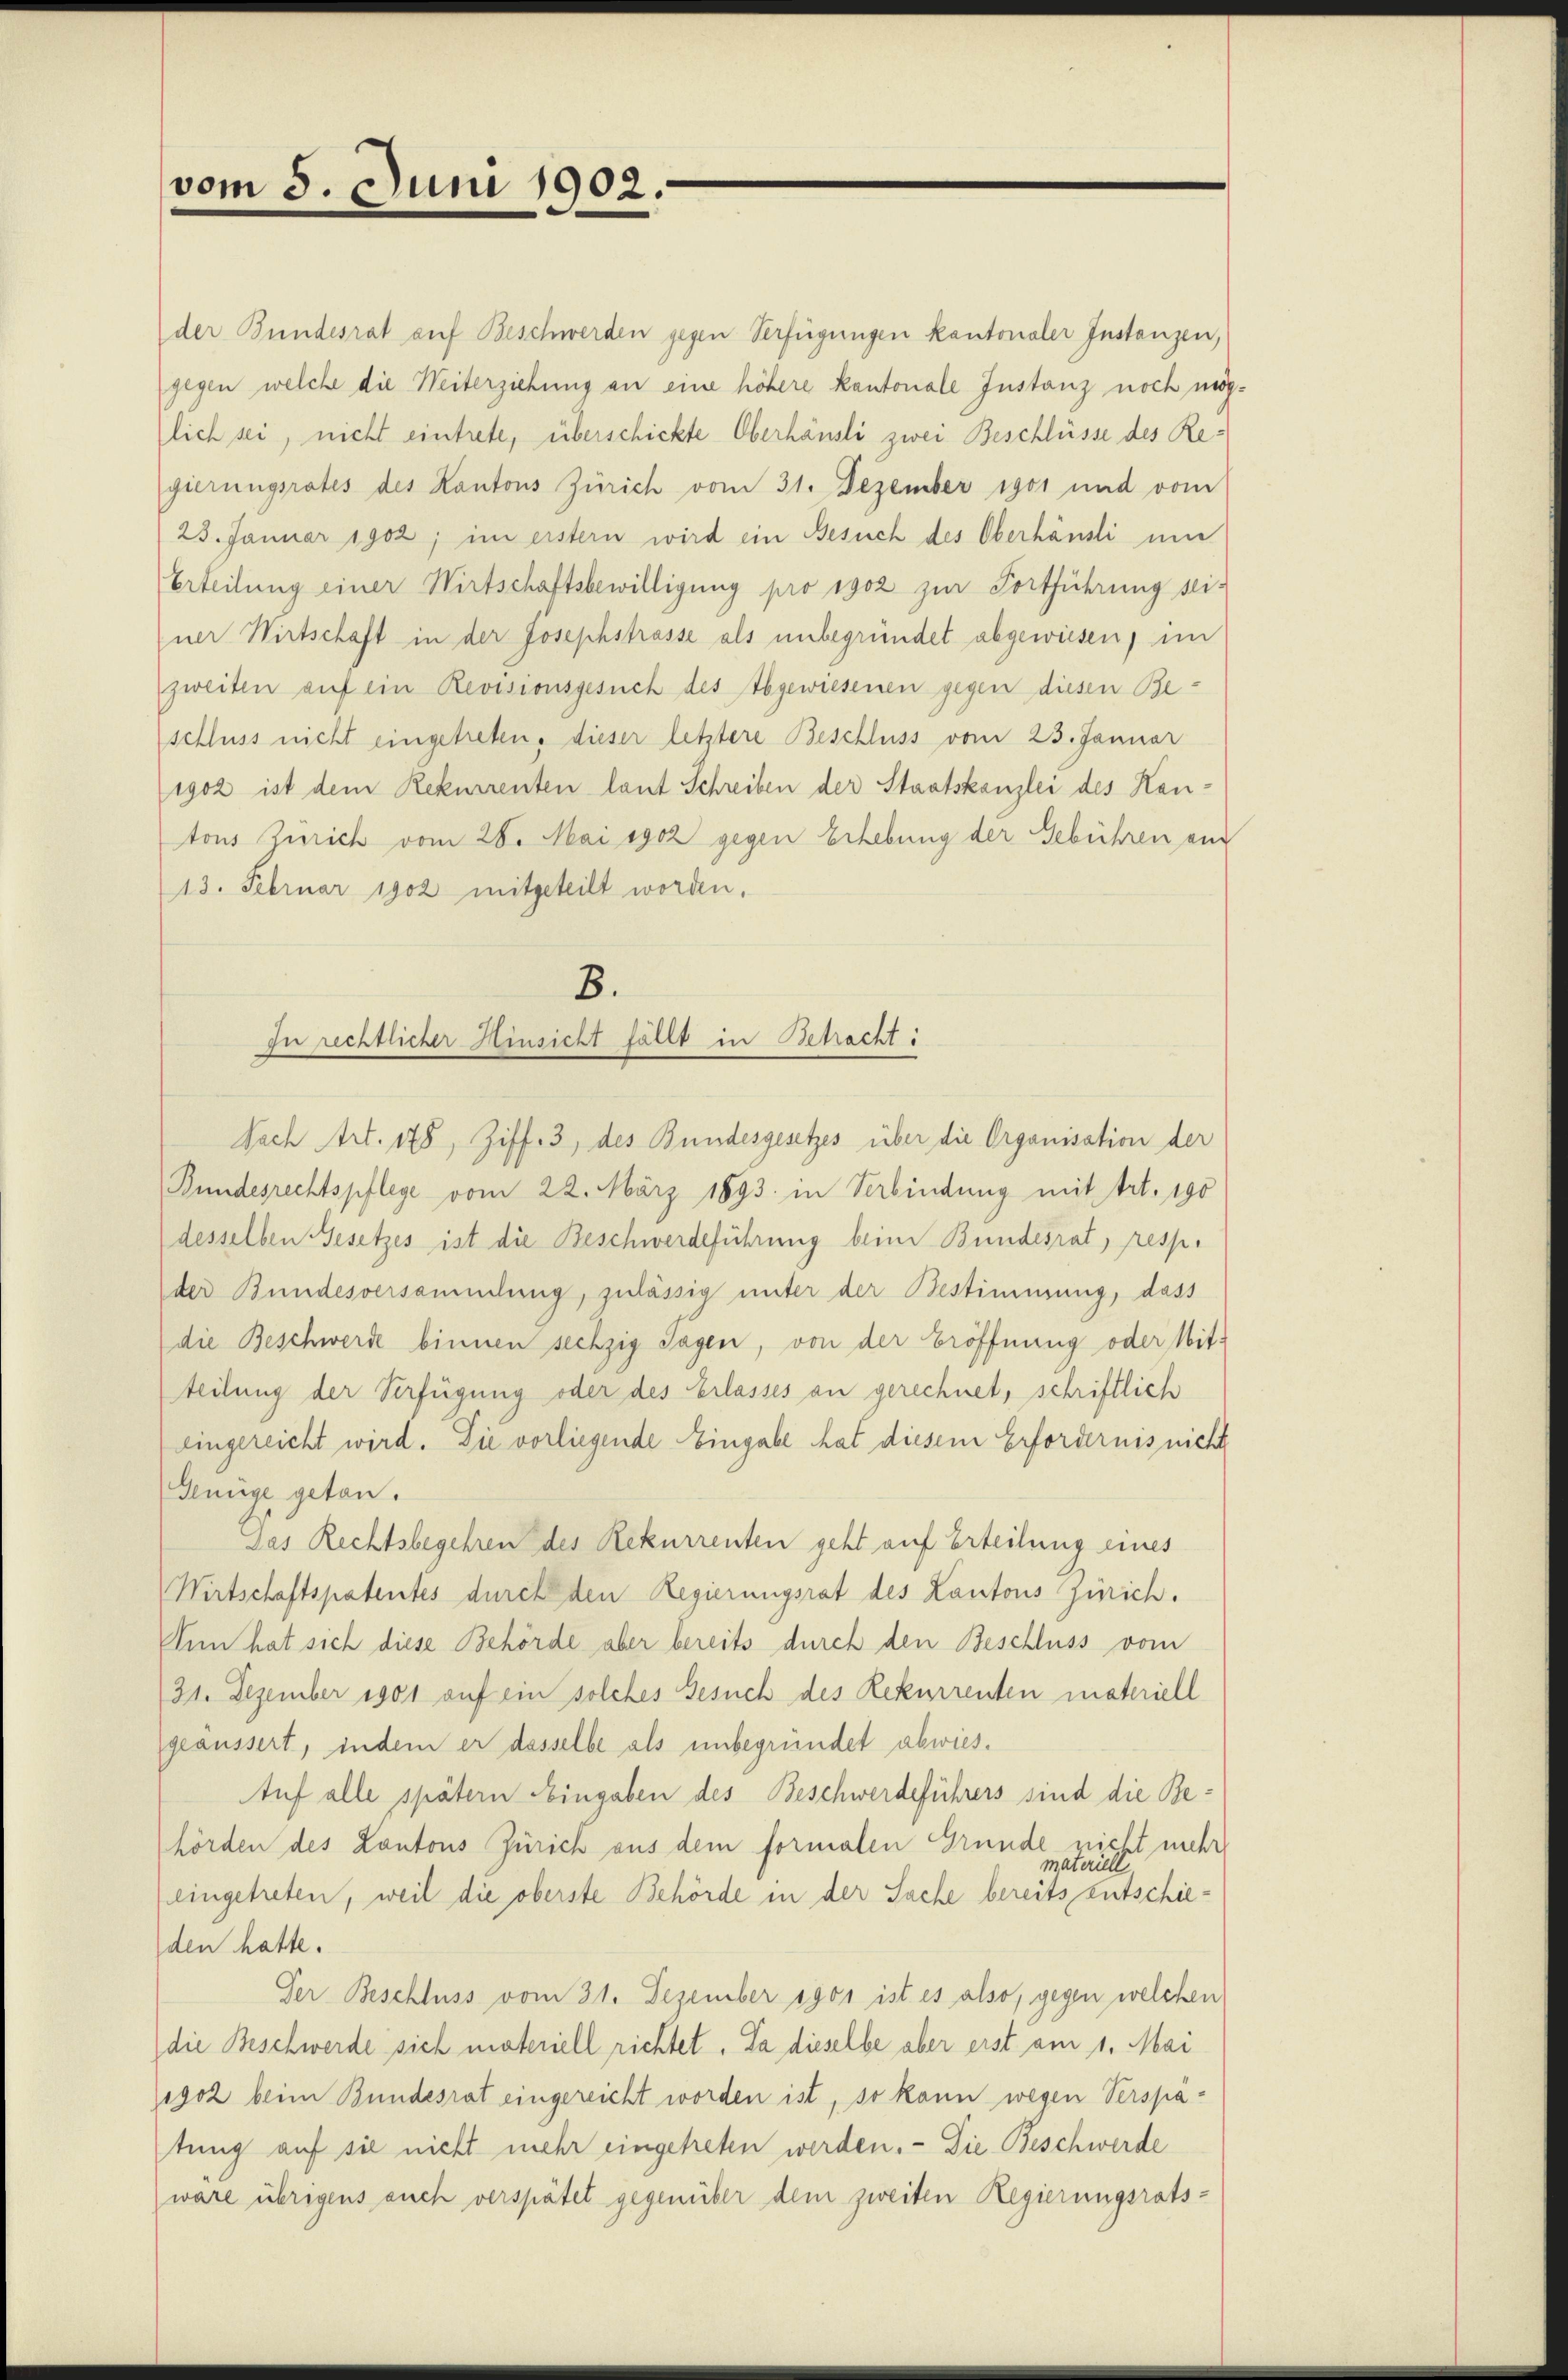
vom 5. Juni 1902.

der Bundesrat auf Beschwerden gegen Verfügungen kantonaler Instanzen,
gegen welche die Weiterziehung an eine höhere kantonale Instanz noch möglich sei, nicht eintrete, überschickte Oberhäusli zwei Beschlüsse des Regierungsrates des Kantons Zürich vom 31. Dezember 1901 und vom
23. Januar 1902; im erstern wird ein Besuch des Oberhäusli um
Erteilung einer Wirtschaftsbewilligung pro 1902 zur Fortführung seiner Wirtschaft in der Josephstrasse als unbegründet abgewiesen, im
zweiten auf ein Revisionsgesuch des Abgewiesenen gegen diesen Beschluss nicht eingetreten, dieser letztere Beschluss vom 23. Januar
igoz ist dem Rekurrenten laut Schreiben der Staatskanzlei des Hautons Zürich vom 28. Mai 1902 gegen Erhebung der Gebühren und
13. Februar 1902 mitgeteilt worden.
Nach Art. 175, Ziff. 3, des Bundesgesetzes über die Organisation der
Bundesrechtspflege vom 22. März 1893. in Verbindung mit Art. 190
desselben Gesetzes ist die Beschwerdeführung beim Bundesrat, resp.
der Bundesversammlung, zulässig unter der Bestimmung, dass
die Beschwerde binnen sechzig Tagen, von der Eröffnung oder Mitteilung der Verfügung oder des Erlasses an gerechnet, schriftlich
eingereicht wird. Die vorliegende Eingabe hat diesem Erfordernis nicht
Genüge getan.
Das Rechtsbegehren des Rekurrenten geht auf Erteilung eines
Wirtschaftspatentes durch den Regierungsrat des Lantons Zürich.
Inn hat sich diese Behörde aber bereits durch den Beschluss vom
21. Dezember 1901 auf ein solches Gesuch des Rekurrenten materiell
geäussert, indem er dasselbe als unbegründet abwiestuf alle spätern Eingaben des Beschwerdeführers sind die Behörden des Kantons Zürich aus dem formalen Grunde nicht mehr
materiell.
eeingetreten, weil die oberste Behörde in der Sache bereits Entschieden hatte.
Der Beschluss vom 31. Dezember 1901 ist es also, gegen welchen
die Beschwerde sich materiell richtet. Da dieselbe aber erst am 1. Mai
igoz beim Bundesrat eingereicht worden ist, so kann wegen Verspätung auf sie nicht mehr eingetreten werden. - Die Beschwerde
wäre übrigens auch verspätet gegenüber dem zweiten Regierungsrats-

B.
zu rechtlicher Hinsicht fällt in Schacht: